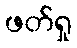
ဖတ်ရှု